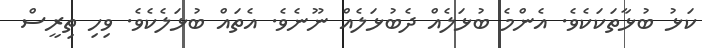
ކަޅު ބުޅާތަކަކެވެ. އެންމެ ބުޅަލެއް ދެބުޅަލެއް ނޫނެވެ. އެތައް ބުޅަލެކެވެ. ވިހި ތިރީސް